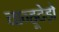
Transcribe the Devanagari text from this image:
चान्हूदेड़ो